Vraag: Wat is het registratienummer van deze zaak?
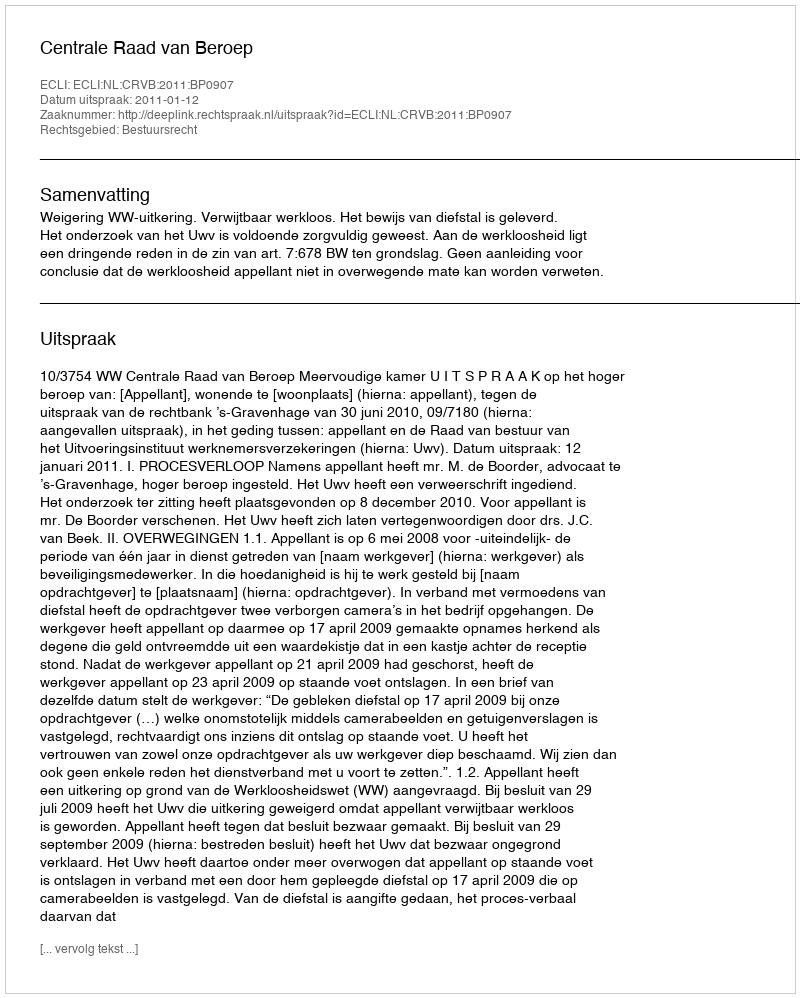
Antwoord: http://deeplink.rechtspraak.nl/uitspraak?id=ECLI:NL:CRVB:2011:BP0907